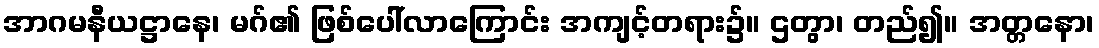
အာဂမနီယဋ္ဌာနေ၊ မဂ်၏ ဖြစ်ပေါ်လာကြောင်း အကျင့်တရား၌။ ဌတွာ၊ တည်၍။ အတ္တနော၊